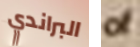
البراندي of